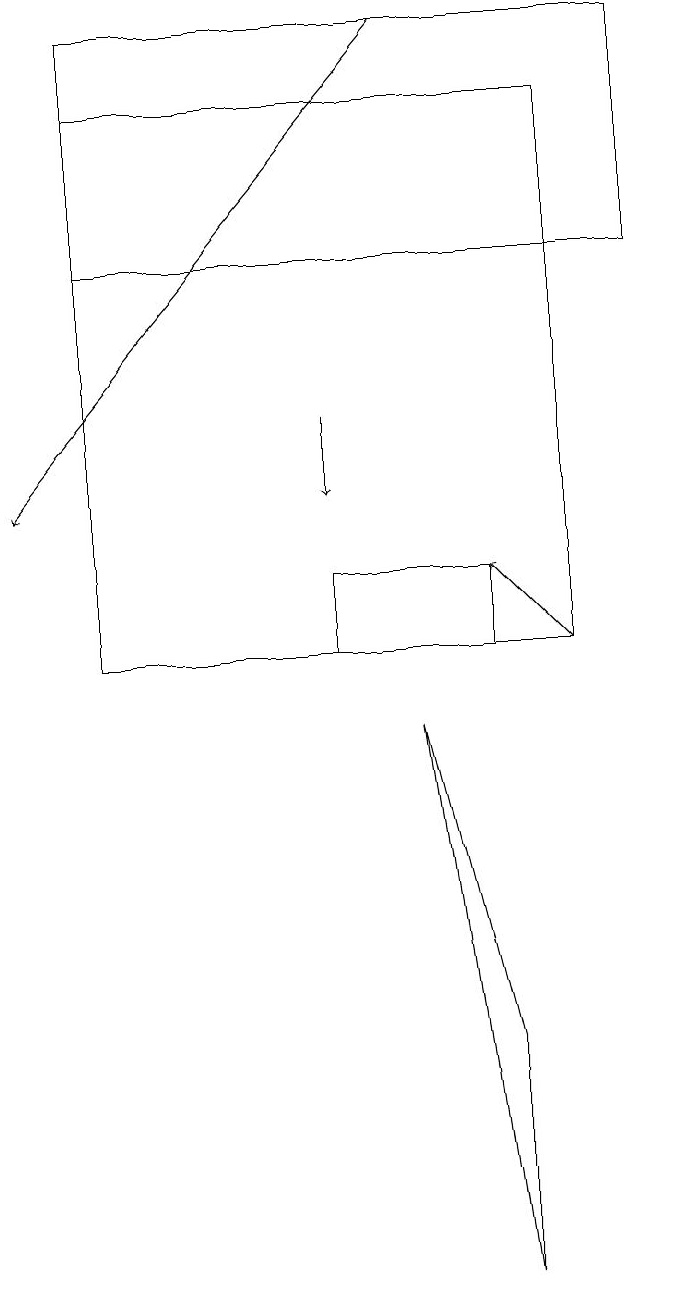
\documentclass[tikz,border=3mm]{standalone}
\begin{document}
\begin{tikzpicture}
\draw[->] (4,13) -- (4,12);
\draw (1,15) rectangle (8,18);
\draw[->] (7,10) -- (6,11);
\draw[->] (5,18) -- (0,12);
\draw (4,10) rectangle (6,11);
\draw (7,17) rectangle (1,10);
\draw (5,9) -- (6,5) -- (6,2) -- cycle;
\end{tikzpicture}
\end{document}